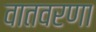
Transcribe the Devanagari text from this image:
वातवरणा